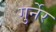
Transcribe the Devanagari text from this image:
गुर्नेर